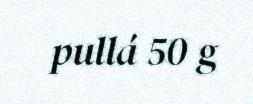
pullá 50 g